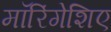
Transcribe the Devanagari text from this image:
मॉरिंगेशिए